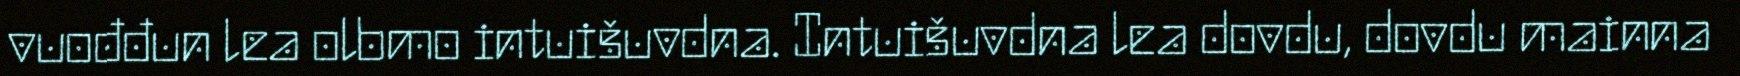
vuođđun lea olbmo intuišuvdna. Intuišuvdna lea dovdu, dovdu mainna